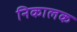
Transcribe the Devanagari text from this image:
निकालक